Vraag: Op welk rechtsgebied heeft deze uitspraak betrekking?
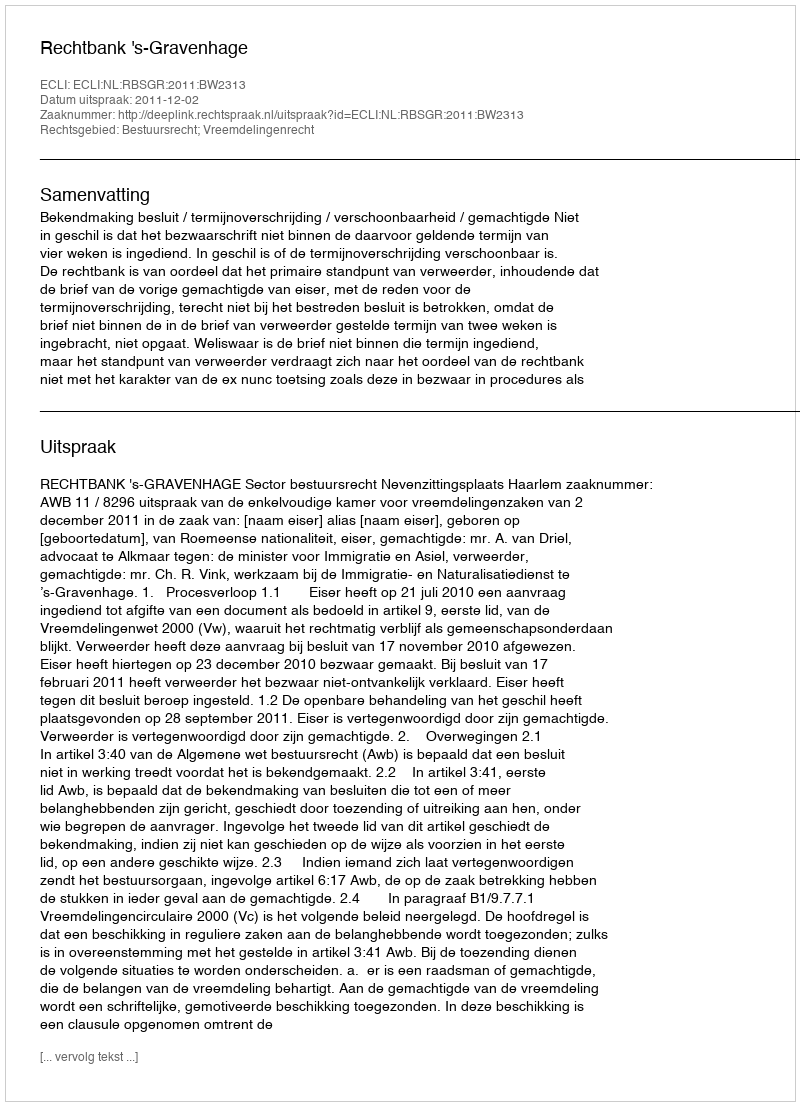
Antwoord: Bestuursrecht; Vreemdelingenrecht